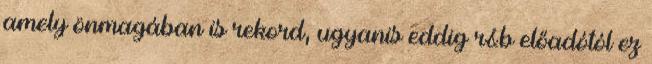
amely önmagában is rekord, ugyanis eddig r&b előadótól ez